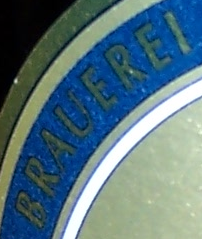
BRAUEREI